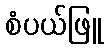
စံပယ်ဖြူ